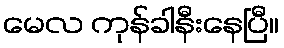
မေလ ကုန်ခါနီးနေပြီ။